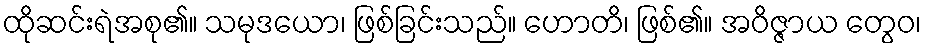
ထိုဆင်းရဲအစု၏။ သမုဒယော၊ ဖြစ်ခြင်းသည်။ ဟောတိ၊ ဖြစ်၏။ အဝိဇ္ဇာယ တွေဝ၊